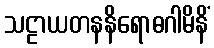
သဠာယတနနိရောဓဂါမိနိံ